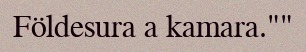
Földesura a kamara.""